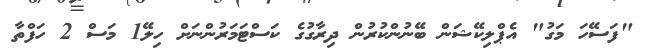
"ފަސޭހަ މަގު" އެޕްލިކޭޝަން ބޭނުންކުރުން ދިރާގުގެ ކަސްޓަމަރުންނަށް ހިލޭ1 މަސް 2 ހަފްތާ